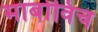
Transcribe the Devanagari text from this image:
माबोविच